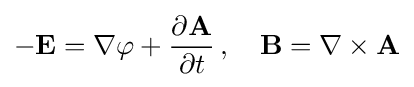
-\mathbf {E} =\nabla \varphi +{\frac {\partial \mathbf {A} }{\partial t}}\,,\quad \mathbf {B} =\nabla \times \mathbf {A}